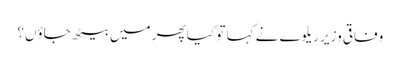
وفاقی وزیر ریلوے نے کہا تو کیا پھر میں بیٹھ جاؤں؟